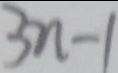
3 n - 1